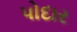
પોદાર